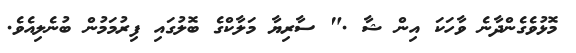
މޮޅުވެގެންދާނެ ވާހަކަ އިން ޝާ ." ސާރިޔާ މަލާކްގެ ބޮލުގައި ފިރުމަމުން ބުނެލިއެވެ.